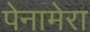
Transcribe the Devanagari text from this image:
पेनामेरा